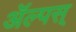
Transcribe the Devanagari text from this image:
ॲल्पस्